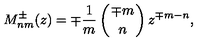
M _ { n m } ^ { \pm } ( z ) = \mp { \frac { 1 } { m } } \left( { \mp m \atop n } \right) z ^ { \mp m - n } ,